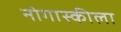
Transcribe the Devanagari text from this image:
नोगास्कीला